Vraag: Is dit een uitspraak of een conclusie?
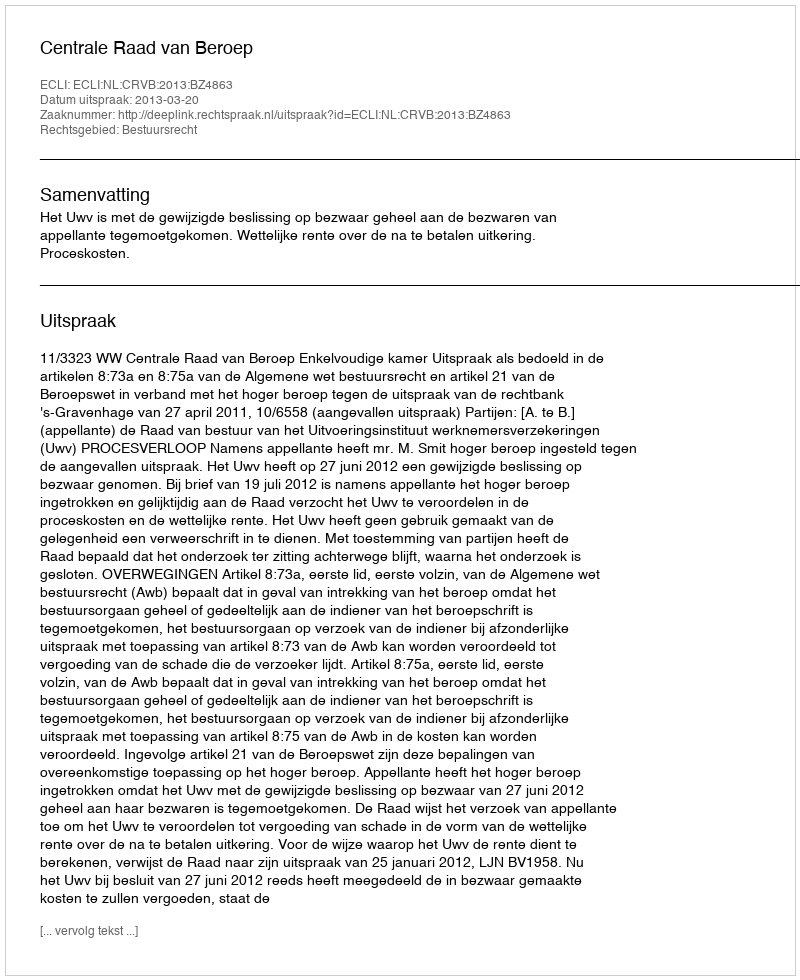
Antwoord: Uitspraak